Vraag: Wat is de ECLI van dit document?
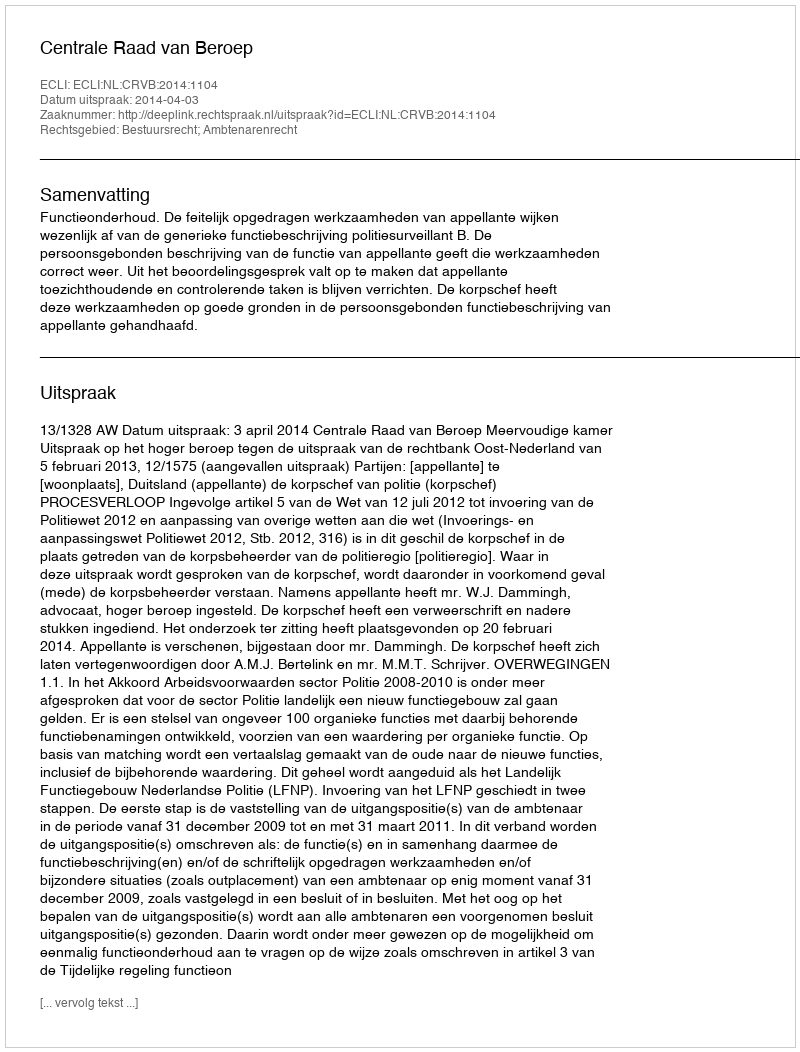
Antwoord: ECLI:NL:CRVB:2014:1104